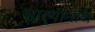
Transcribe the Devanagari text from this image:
सार्‍यांनाच